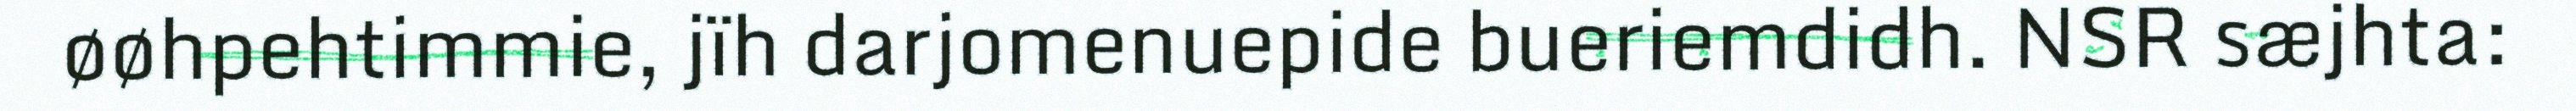
øøhpehtimmie, jïh darjomenuepide bueriemdidh. NSR sæjhta: